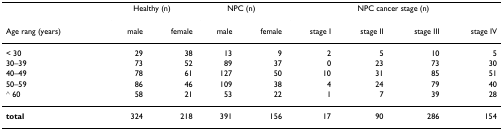
|  | <COLSPAN=2> Healthy (n) | <COLSPAN=2> NPC (n) | <COLSPAN=4> NPC cancer stage (n) |
 | Age rang (years) | male | female | male | female | stage I | stage II | stage III | stage IV |
 | --- | --- | --- | --- | --- | --- | --- | --- | --- |
 | < 30 | 29 | 38 | 13 | 9 | 2 | 5 | 10 | 5 |
 | 30–39 | 73 | 52 | 89 | 37 | 0 | 23 | 73 | 30 |
 | 40–49 | 78 | 61 | 127 | 50 | 10 | 31 | 85 | 51 |
 | 50–59 | 86 | 46 | 109 | 38 | 4 | 24 | 79 | 40 |
 | ≧ 60 | 58 | 21 | 53 | 22 | 1 | 7 | 39 | 28 |
 | total | 324 | 218 | 391 | 156 | 17 | 90 | 286 | 154 |